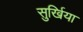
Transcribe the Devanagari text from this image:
सुर्खिया